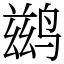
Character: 鹚